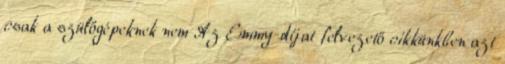
csak a szülőgépeknek nem Az Emmy-díjat felvezető cikkünkben azt